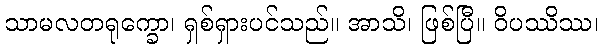
သာမလတရုက္ခော၊ ရှစ်ရှားပင်သည်။ အာသိ၊ ဖြစ်ပြီ။ ဝိပဿိဿ၊